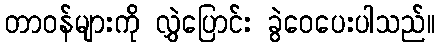
တာဝန်များကို လွှဲပြောင်း ခွဲဝေပေးပါသည်။